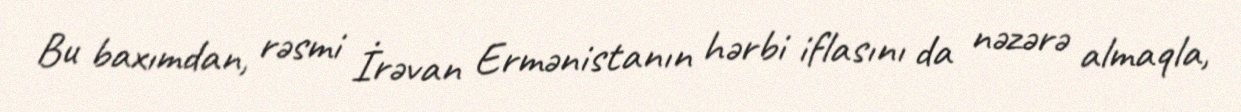
Bu baxımdan, rəsmi İrəvan Ermənistanın hərbi iflasını da nəzərə almaqla,